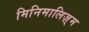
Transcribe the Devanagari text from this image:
मिनिमालिज़्म